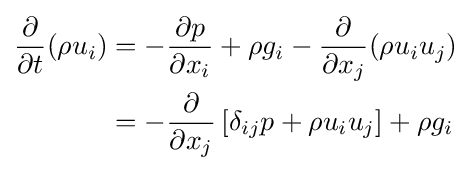
{\begin{aligned}{\frac {\partial }{\partial t}}(\rho u_{i})&=-{\frac {\partial p}{\partial x_{i}}}+\rho g_{i}-{\frac {\partial }{\partial x_{j}}}(\rho u_{i}u_{j})\\&=-{\frac {\partial }{\partial x_{j}}}\left[\delta _{ij}p+\rho u_{i}u_{j}\right]+\rho g_{i}\end{aligned}}